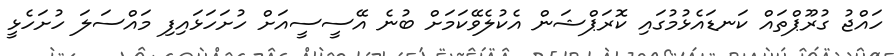
ހައްޖު ގުރޫޕްތައް ކަނޑައެޅުމުގައި ކޮރަޕްޝަން އެކުލެވޭކަމަށް ބުނެ އޭސީސީއަށް ހުށަހަޅައިފި މައްސަލަ ހުށަހެޅީ